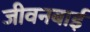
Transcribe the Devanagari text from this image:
जीवनबाई